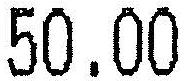
50.00